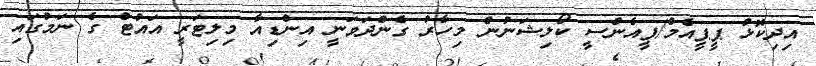
އިދިކޮޅު ޕީޕީއެމް/ޕީއެންސީ ކޯލިޝަނުން މިހާރު ގެންދަވަނީ އިންޑިއާ މިލިޓަރީ އައުޓް ގެ ނަމުގައި